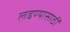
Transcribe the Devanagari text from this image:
लढण्यासाठीं